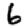
Digit: 6